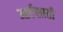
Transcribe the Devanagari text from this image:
आर्टसाठी